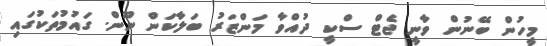
މީހުން ބޭނުން ވާނީ ޖެޓް ސްކީ ދުއްވާ މަންޒަރު ބަލާކަން ނޫން. ގައުމުތަކުގައި